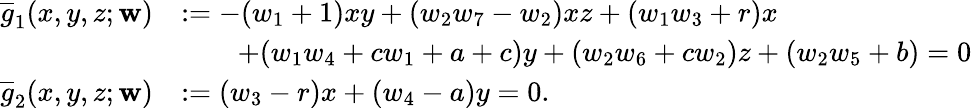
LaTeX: \begin{array}{rl}{\overline{{g}}_{1}(x,y,z;\mathbf{w})}&{:=-(w_{1}+1)xy+(w_{2}w_{7}-w_{2})xz+(w_{1}w_{3}+r)x}\\ &{\qquad+(w_{1}w_{4}+cw_{1}+a+c)y+(w_{2}w_{6}+cw_{2})z+(w_{2}w_{5}+b)=0}\\ {\overline{{g}}_{2}(x,y,z;\mathbf{w})}&{:=(w_{3}-r)x+(w_{4}-a)y=0.}\end{array}